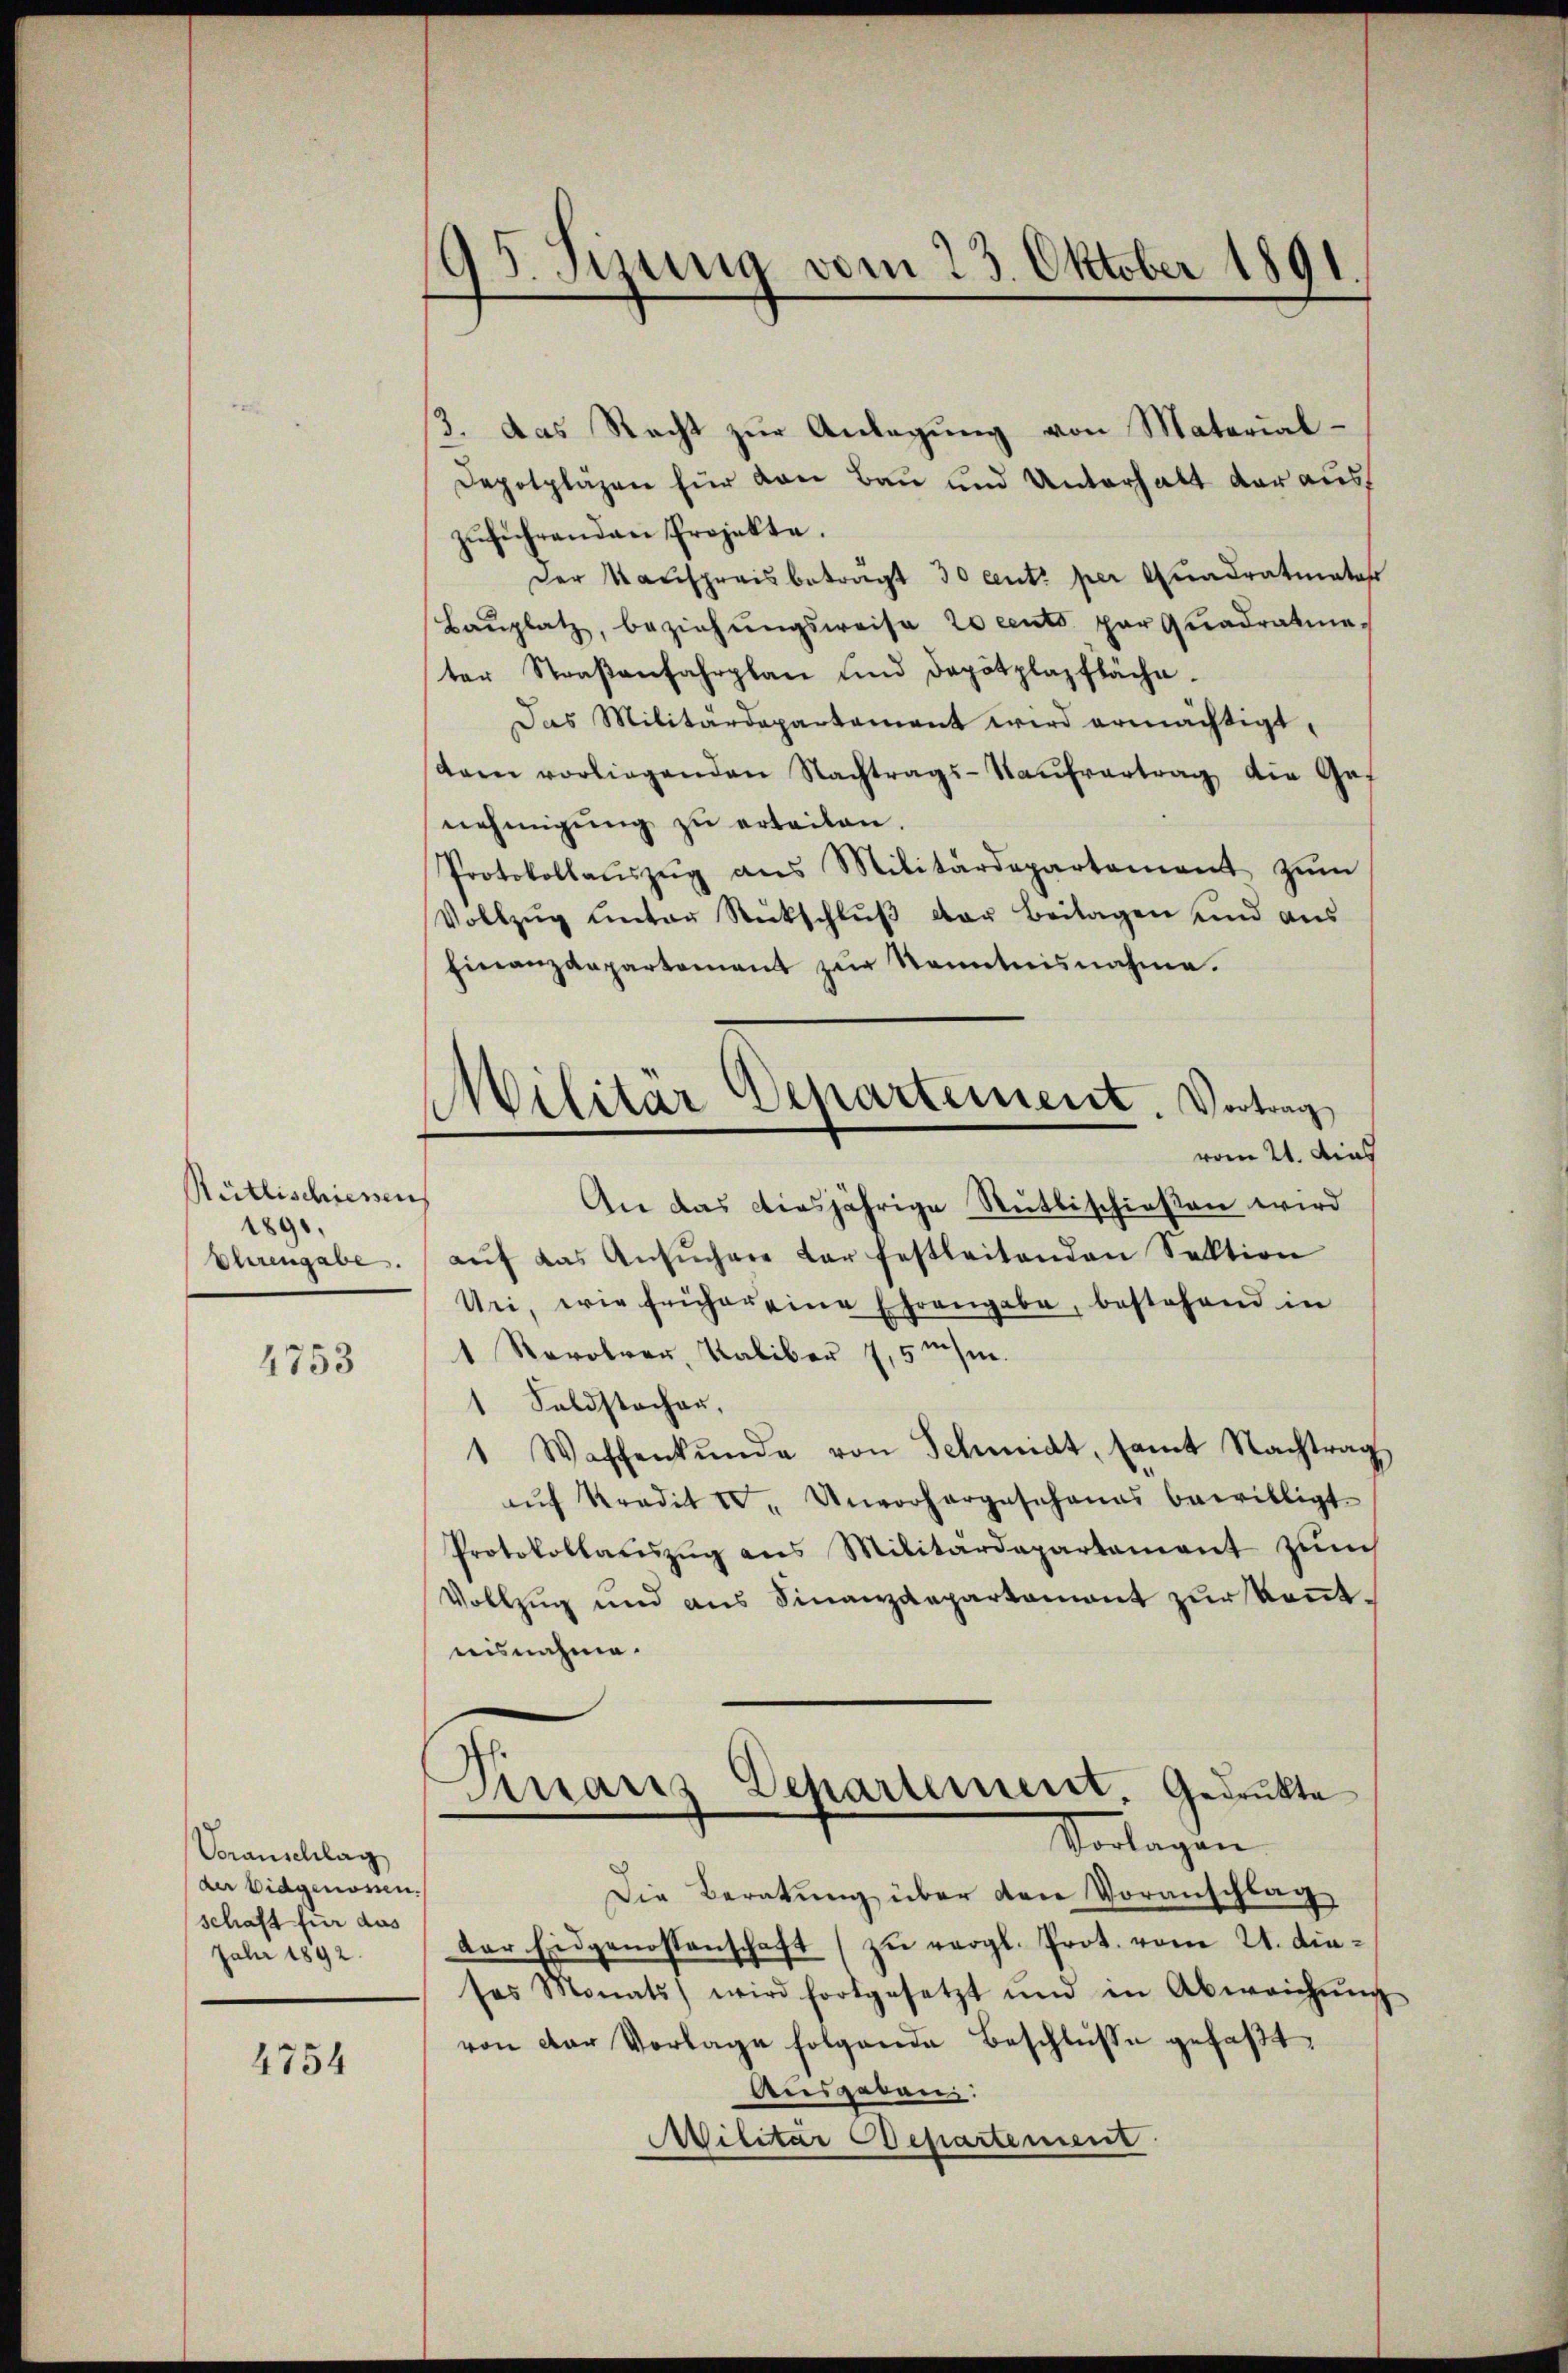
Reitlischiessen
1891,
Ehrengabe.

4753

Voranschlag
der Eidgenossen.
schaft für das
Jahr 1892.

4754

95 Jizung vom 23. Oktober 1891

3. das Recht zur Anlagung von Material¬
Depotpläzen für von Bau und Unterhalt der aus
zŭführenden Projekte.
Der Kaufpreisbeträgt 30 cent per Quadratmata
Baŭplatz, beziehŭngsweise 20 cents par quadratie
ter Straβenfahrplan und Depotplazfläche.
Das Militärdepartament wird ermächtigt,
dam vorliegenden Nachtrags-Kaŭfvertrag die Gef
nehmigŭng zŭ erteilen.
Protokollaŭszŭg ans Militärdepartement zŭm
Vollzŭg ŭnter Rückschlŭβ der Beilagen und aŭs
Finanzdepartement zŭr Kenntnisnahme.
vom 21. dies
An das diesjährige Rüttischießen wird
aŭf das Ansŭchere dar festleitenden Sektion
Uri, wie früher eine Ehrengabe, bestehend in
1 Revolver, Kaliber 7,5 msin.
Faldstocher,
1 Waffenkunde von Schmidt, samt Nachtrag
aŭf Kredit I. Unvorhergeschanas bewilligt.
Protokollaŭszŭg ans Militärdepartement zŭm
Vollzug und aus Finanzdepartament zur konntnisnahme.
Dinaus Departement, Gedrukte
Vorlagen
Die Beratung über den Voranschlag
der Eidgenossenschaft zŭ vergl. Prot. vom 21. dieses Monats wird fortgesetzt und in Abweichŭng
von der Vorlage folgende Beschlüsse gefaβt,
Ausgaben:
Militar Departement

Militär Departement. Vortrag